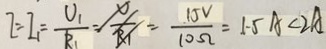
I = I _ { 1 } = \frac { U _ { 1 } } { R _ { 1 } } = \frac { 1 5 V } { 1 0 \Omega } = 1 . 5 A < 2 A